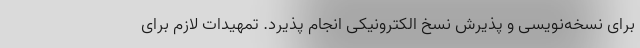
برای نسخه‌نویسی و پذیرش نسخ الکترونیکی انجام پذیرد. تمهیدات لازم برای